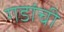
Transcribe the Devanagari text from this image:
गडांची